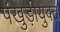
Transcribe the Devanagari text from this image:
पंखुड़ीयुक्त